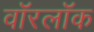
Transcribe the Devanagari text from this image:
वॉरलॉक